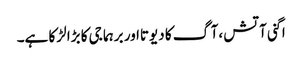
اگنی آتش ،آگ کا دیوتااور برہما جی کا بڑا لڑکا ہے۔